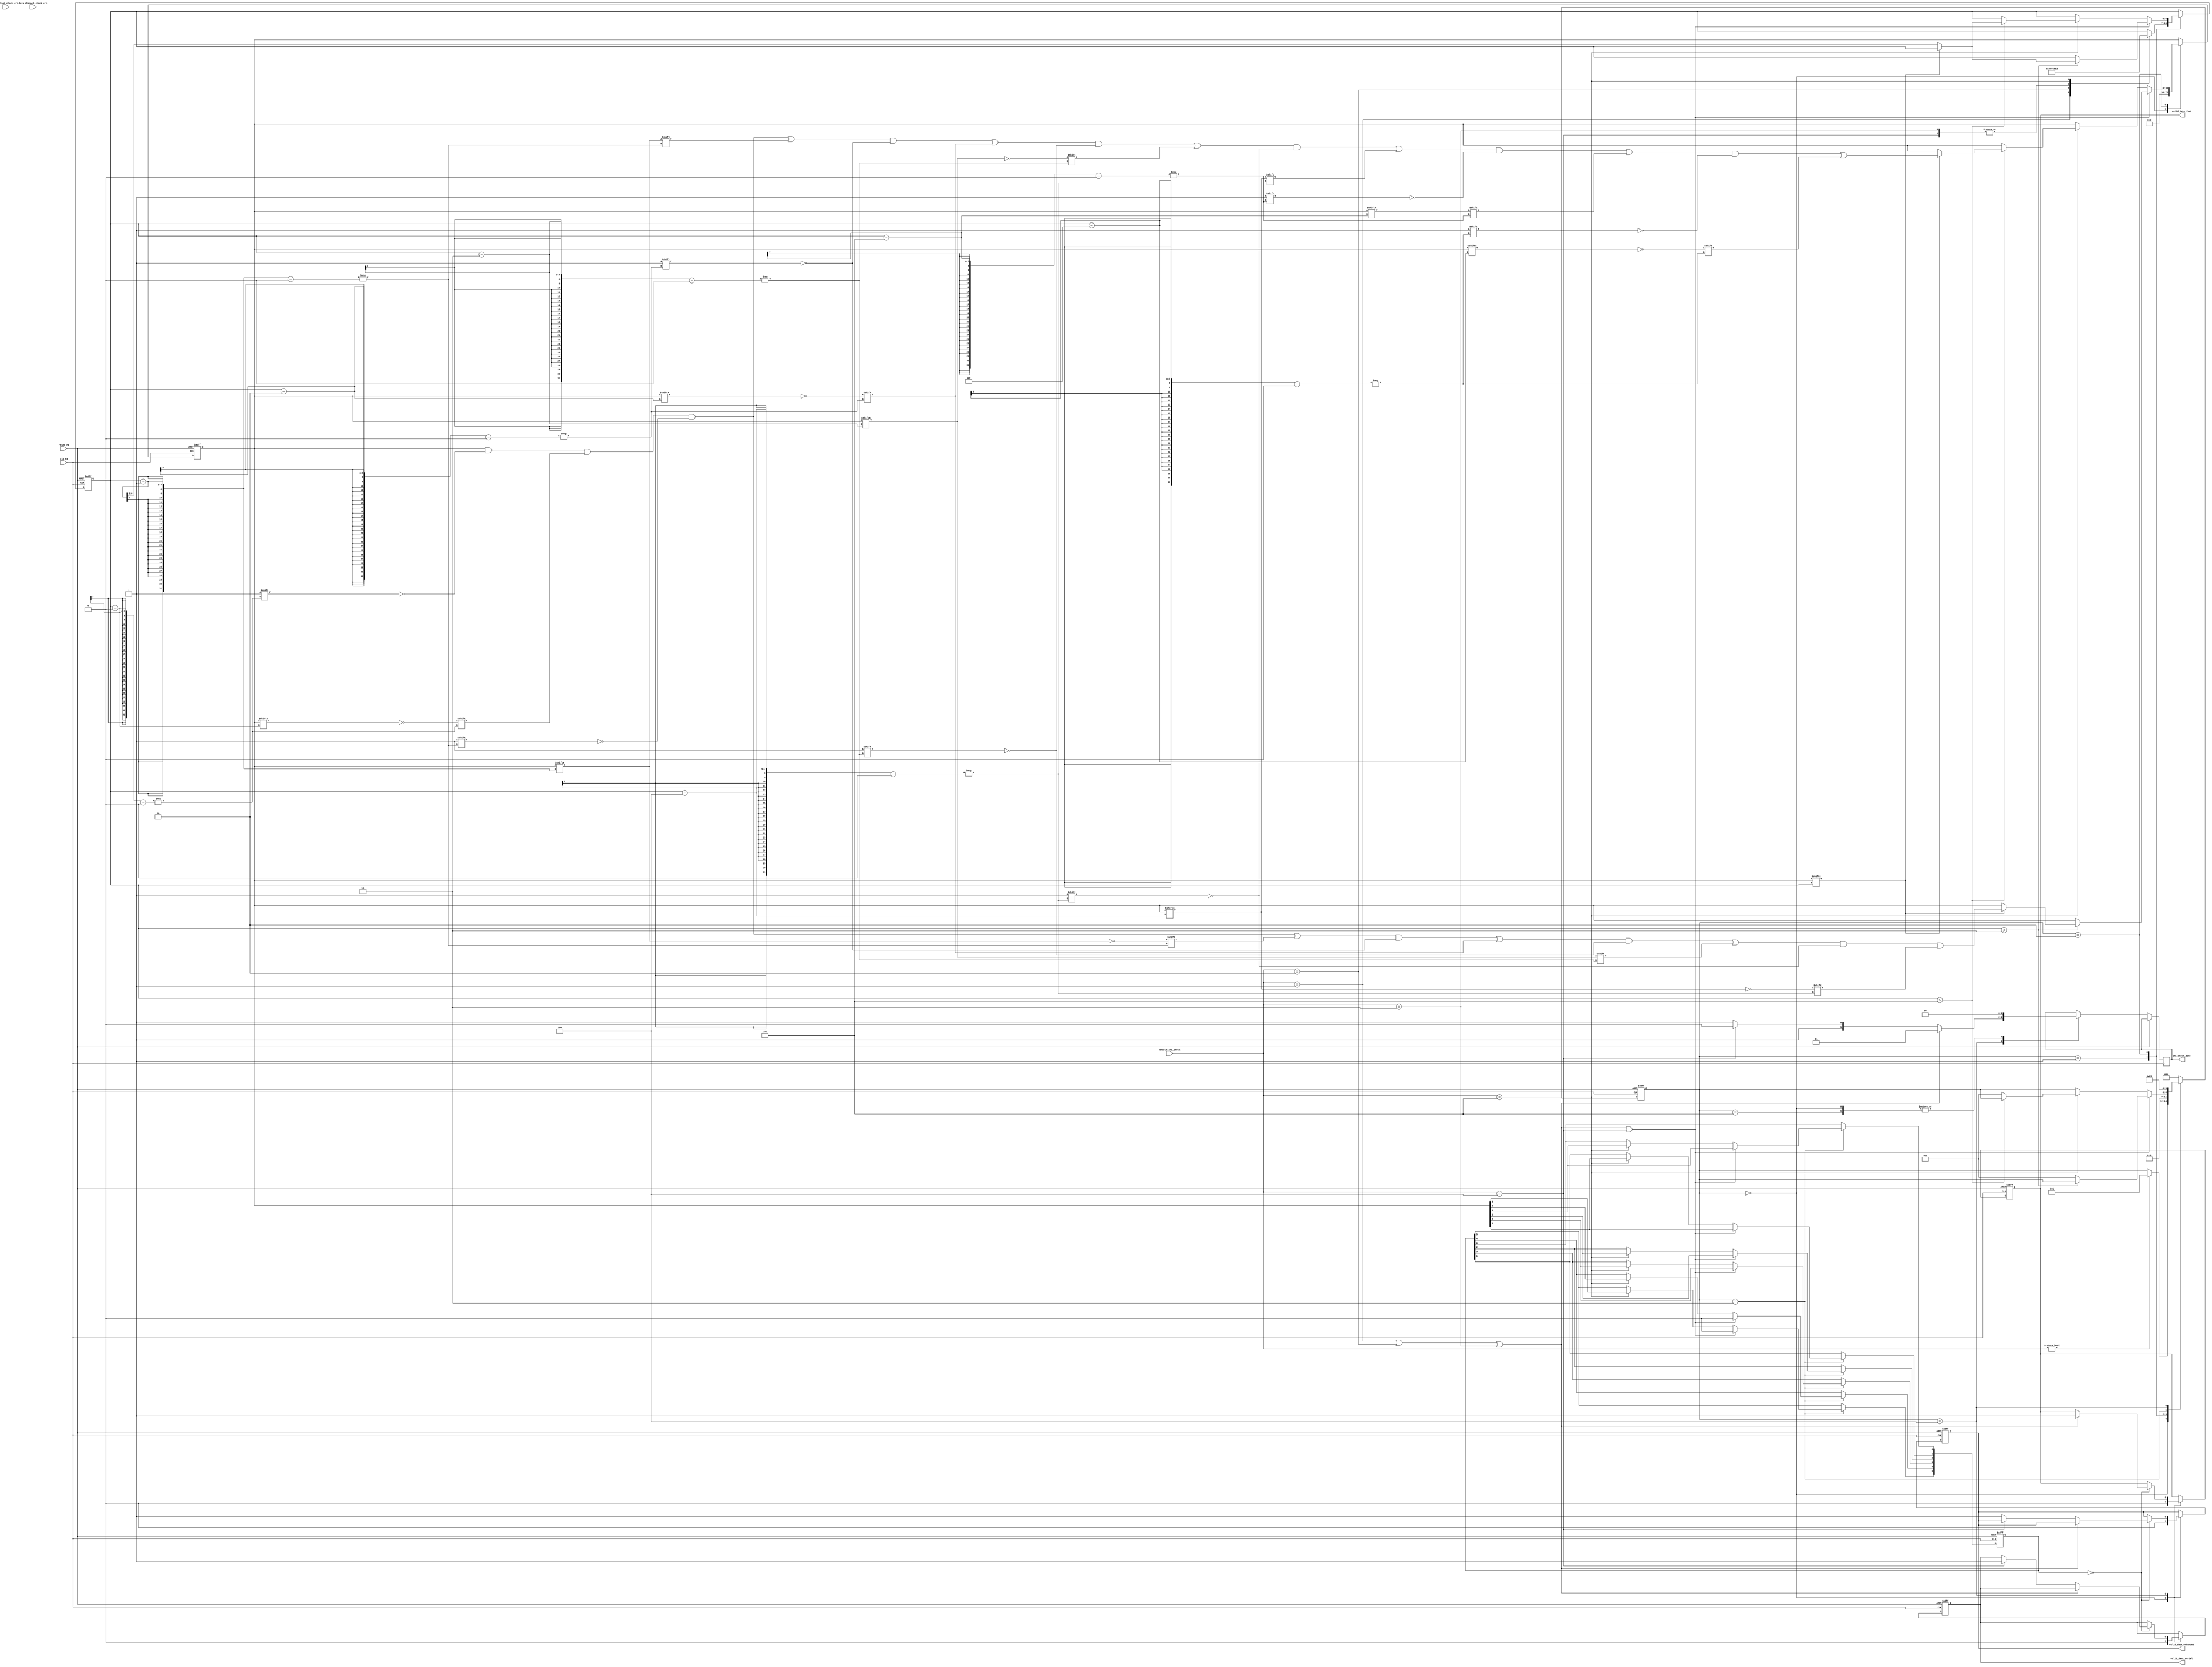
module sent_rx_crc_check(
	//reset_rx
	input clk_rx,
	input reset_rx,

	//signals to control block
	
	input [2:0] enable_crc_check,
	input [27:0] data_fast_check_crc,
	input [29:0] data_channel_check_crc,
	output reg [1:0] crc_check_done,
	output reg valid_data_serial,
	output reg valid_data_enhanced,
	output reg valid_data_fast
	);
	reg [5:0] crc_check;
	reg [35:0] temp_data;
	reg [2:0] state;
    	reg [6:0] p;
	reg [4:0] poly4 = 5'b11101;
	reg [6:0] poly6 = 7'b1011001;

	always @(posedge clk_rx or posedge reset_rx) begin
		if(reset_rx) begin
			state <= 0;
			temp_data <= 0;
			p <= 0;
			crc_check <= 0;
			temp_data <= 0;
			valid_data_serial <= 0;
			valid_data_enhanced <= 0;
			valid_data_fast <= 0;
		end
		else begin
			case(state)
					0: begin
						temp_data <= 0;
						valid_data_serial <= 0;
						valid_data_enhanced <= 0;
						valid_data_fast <= 0;
						crc_check_done <= 0;
						if (enable_crc_check!= 3'b000) begin
							state <= 1;
						end
					end
					1: begin
						state <= 2;
						case(enable_crc_check)
							3'b001: begin
								p <= 31;
        							temp_data = {4'b0101,data_fast_check_crc[27:0]};
							end
							3'b010: begin
								p <= 23;
        							temp_data = {4'b0101, data_fast_check_crc[19:0]};
							end
							3'b011: begin
								p <= 19;
        							temp_data = {4'b0101, data_fast_check_crc[15:0]};
							end
							3'b100: begin
								p <= 19;
        							temp_data = {4'b0101,data_channel_check_crc[15:0]};
							end
							3'b101: begin
								p <= 35;
        							temp_data = {6'b010101, data_channel_check_crc};
							end
						endcase
					end
					2: begin
						if( enable_crc_check== 3'b001 || enable_crc_check == 3'b010 || enable_crc_check == 3'b011 ||
							enable_crc_check == 3'b100 ) begin
							if (p > 3) begin
            							if (temp_data[p] == 1'b1) begin
              	  							temp_data[p-0] <= temp_data[p-0] ^ 1;
                							temp_data[p-1] <= temp_data[p-1] ^ poly4[3];
                							temp_data[p-2] <= temp_data[p-2] ^ poly4[2];
                							temp_data[p-3] <= temp_data[p-3] ^ poly4[1];
                							temp_data[p-4] <= temp_data[p-4] ^ poly4[0];
            							end
            							else begin
                							p <= p - 1;
            							end

        						end
							else begin
								state <= 3;
							end
						end
						else if( enable_crc_check== 3'b101) begin
							if (p > 5) begin
            							if (temp_data[p] == 1'b1) begin
              	  							temp_data[p-0] <= temp_data[p-0] ^ 1;
                							temp_data[p-1] <= temp_data[p-1] ^ poly6[5];
                							temp_data[p-2] <= temp_data[p-2] ^ poly6[4];
                							temp_data[p-3] <= temp_data[p-3] ^ poly6[3];
                							temp_data[p-4] <= temp_data[p-4] ^ poly6[2];
									temp_data[p-5] <= temp_data[p-5] ^ poly6[1];
									temp_data[p-6] <= temp_data[p-6] ^ poly6[0];
            							end
            							else begin
                							p = p - 1;
            							end

        						end
							else begin
								state <= 3;
							end
						end
					end
					3: begin
						state <= 4;
						if( enable_crc_check== 3'b001 || enable_crc_check == 3'b010 || enable_crc_check == 3'b011 ||
						enable_crc_check == 3'b100 ) begin
							crc_check[5:4] <= 2'b00;
        						crc_check[3] <= temp_data[3];
        						crc_check[2] <= temp_data[2];
        						crc_check[1] <= temp_data[1];
        						crc_check[0] <= temp_data[0];
						end
						else if( enable_crc_check== 3'b101) begin
							crc_check[5] <= temp_data[5];
        						crc_check[4] <= temp_data[4];
        						crc_check[3] <= temp_data[3];
        						crc_check[2] <= temp_data[2];
        						crc_check[1] <= temp_data[1];
        						crc_check[0] <= temp_data[0];
						end
					end
					4: begin
						state <= 5;
						if(crc_check == 6'b000000) begin
							if( enable_crc_check== 3'b001 || enable_crc_check == 3'b010 || enable_crc_check == 3'b011 ) begin
							valid_data_fast <= 1;  end
							else if ( enable_crc_check == 3'b100) begin  valid_data_serial <= 1; end
							else begin valid_data_enhanced <= 1; end
						end

						if( enable_crc_check== 3'b001 || enable_crc_check == 3'b010 || enable_crc_check == 3'b011 ) begin
							crc_check_done <= 2'b01; end
						else if ( enable_crc_check == 3'b100) begin crc_check_done<= 2'b10; end
						else begin crc_check_done <= 2'b11; end
					end
					5: begin
						state <= 0;
						crc_check_done <= 0;	
					end
					default: state <= 0;
			endcase
		end
	end
	
endmodule